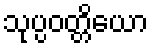
သုပ္ပဝတ္တိယော